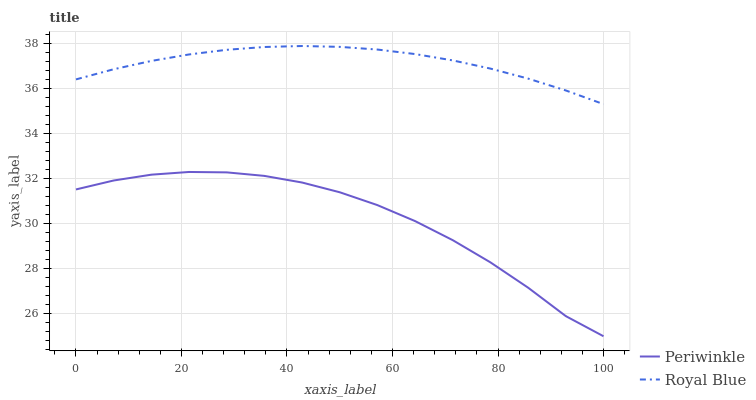
| xaxis_label | Periwinkle | Royal Blue |
 | --- | --- | --- |
 | 0 | 31.5 | 36.4 |
 | 7.14 | 31.9 | 36.9 |
 | 14.3 | 32.2 | 37.2 |
 | 21.4 | 32.3 | 37.5 |
 | 28.6 | 32.3 | 37.7 |
 | 35.7 | 32.1 | 37.9 |
 | 42.9 | 31.8 | 37.9 |
 | 50 | 31.4 | 37.9 |
 | 57.1 | 30.8 | 37.7 |
 | 64.3 | 30.1 | 37.5 |
 | 71.4 | 29.3 | 37.3 |
 | 78.6 | 28.3 | 36.9 |
 | 85.7 | 27.2 | 36.5 |
 | 92.9 | 25.9 | 35.9 |
 | 100 | 25 | 35.3 |